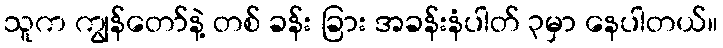
သူက ကျွန်တော်နဲ့ တစ် ခန်း ခြား အခန်းနံပါတ် ၃မှာ နေပါတယ်။